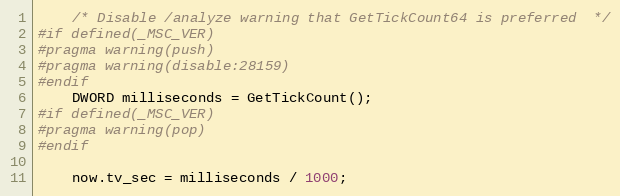
Language: C
    /* Disable /analyze warning that GetTickCount64 is preferred  */
#if defined(_MSC_VER)
#pragma warning(push)
#pragma warning(disable:28159)
#endif
    DWORD milliseconds = GetTickCount();
#if defined(_MSC_VER)
#pragma warning(pop)
#endif

    now.tv_sec = milliseconds / 1000;